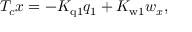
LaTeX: T _ { c } x = - K _ { \mathrm { q 1 } } q _ { 1 } + K _ { \mathrm { w 1 } } { w _ { x } } ,